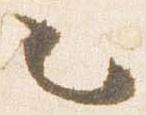
々